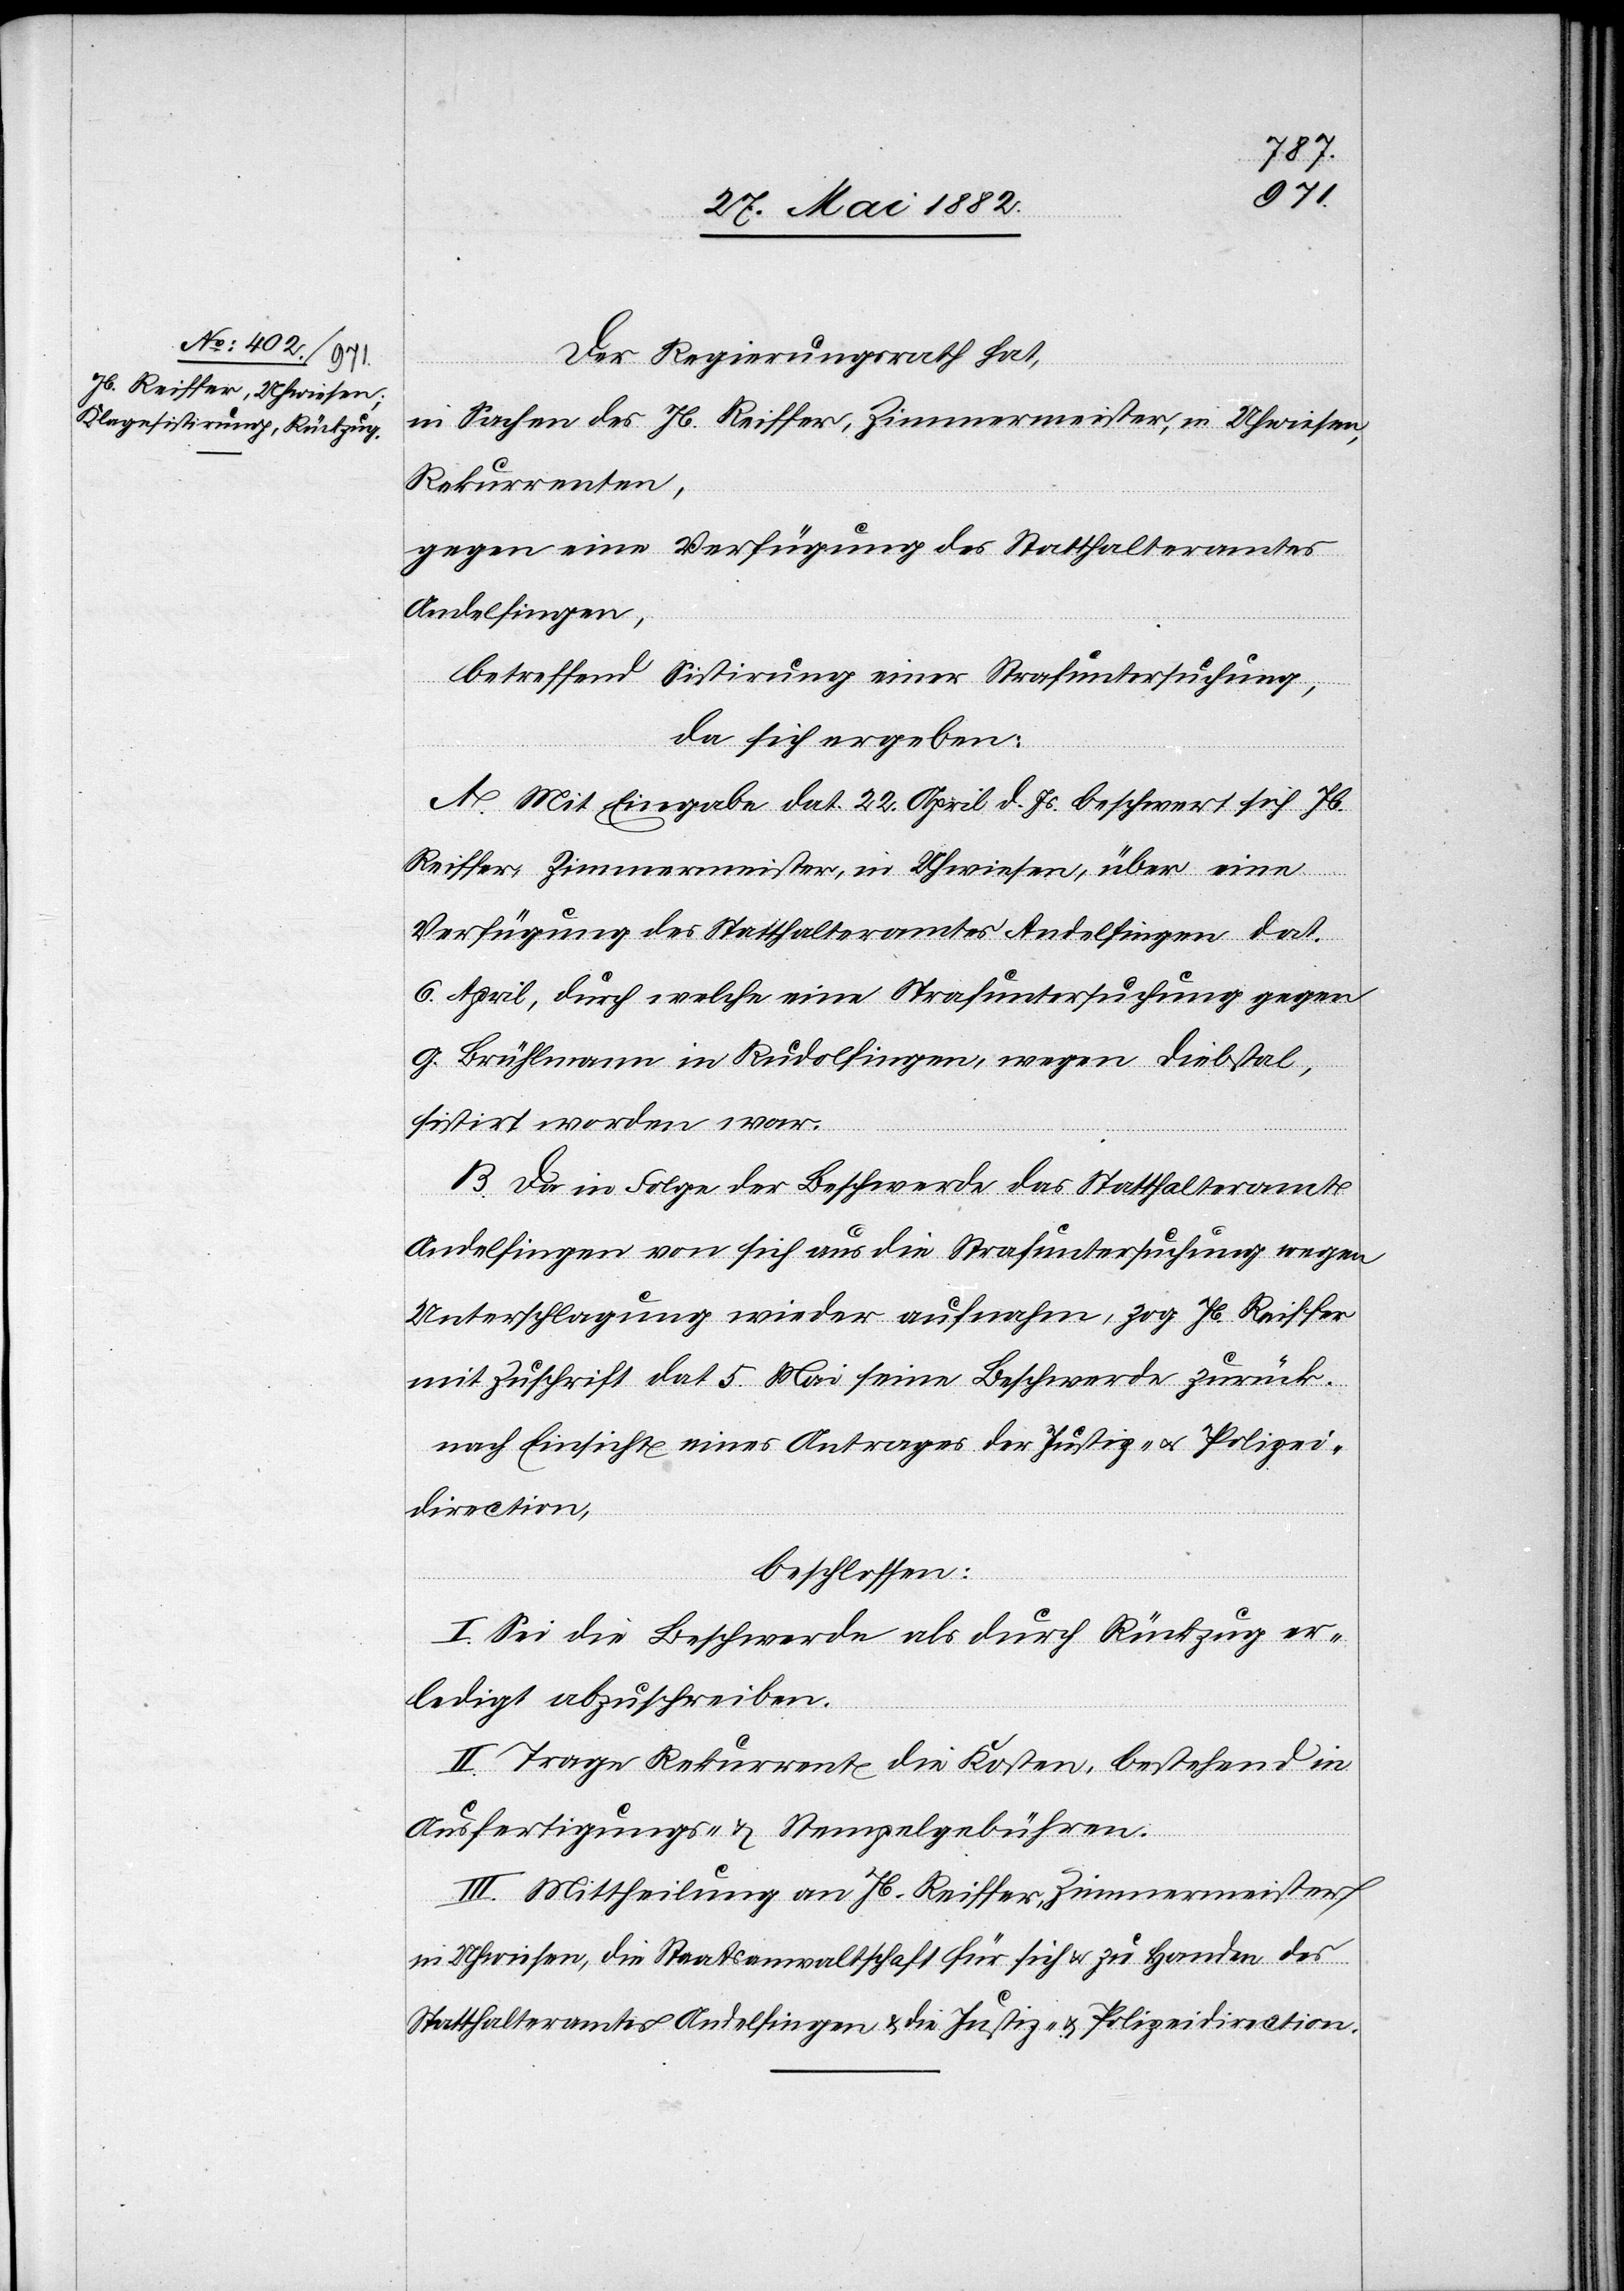
Der Regierungsrath hat,
in Sachen des Jb. Reiffer, Zimmermeister, in Uhwiesen,
Rekurrenten,
gegen eine Verfügung des Statthalteramtes
Andelfingen,
betreffend Sistirung einer Strafuntersuchung,
da sich ergeben:
A. Mit Eingabe dat. 22. April d. Js. beschwert sich Jb.
Reiffer, Zimmermeister, in Uhwiesen, über eine
Verfügung des Statthalteramtes Andelfingen dat.
6 April, durch welche eine Strafuntersuchung gegen
G. Brühlmann in Rudolfingen, wegen Diebstal,
sistirt worden war.
B. Da in Folge der Beschwerde das Statthalteramt
Andelfingen von sich aus die Strafuntersuchung wegen
Unterschlagung wieder aufnahm, zog Jb. Reiffer
mit Zuschrift dat. 5. Mai seine Beschwerde zurück.
nach Einsicht eines Antrages der Justiz- u. Polizei¬
direction,
beschlossen:
I. Sei die Beschwerde als durch Rückzug er¬
ledigt abzuschreiben.
II. Trage Rekurrent die Kosten, bestehend in
Ausfertigungs- & Stempelgebühren.
III. Mittheilung an Jb. Reiffer, Zimmermeister
in Uhwiesen, die Staatsanwaltschaft für sich & zu Handen des
Statthalteramtes Andelfingen & die Justiz- & Polizeidirection.